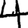
Digit: 4